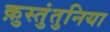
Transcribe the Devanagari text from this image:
क़ुस्तुंतुनिया